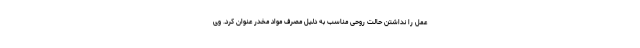
عمل را نداشتن حالت روحی مناسب به دلیل مصرف مواد مخدر عنوان کرد. وی